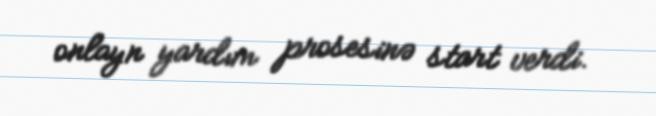
onlayn yardım prosesinə start verdi.